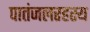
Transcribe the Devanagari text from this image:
पातंजलरहस्य